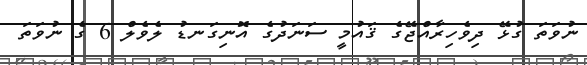
ނުވަތަ ގުޅޭ ދިވެހިރާއްޖޭގެ ޤައުމީ ސަނަދުގެ އޮނިގަނޑު ލެވެލް 6 ގެ ނުވަތަ